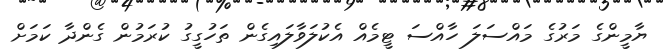
ޔާމީންގެ މަރުގެ މައްސަލަ ހާއްސަ ޓީމެއް އެކުލަވާލައިގެން ތަހުގީގު ކުރަމުން ގެންދާ ކަމަށް